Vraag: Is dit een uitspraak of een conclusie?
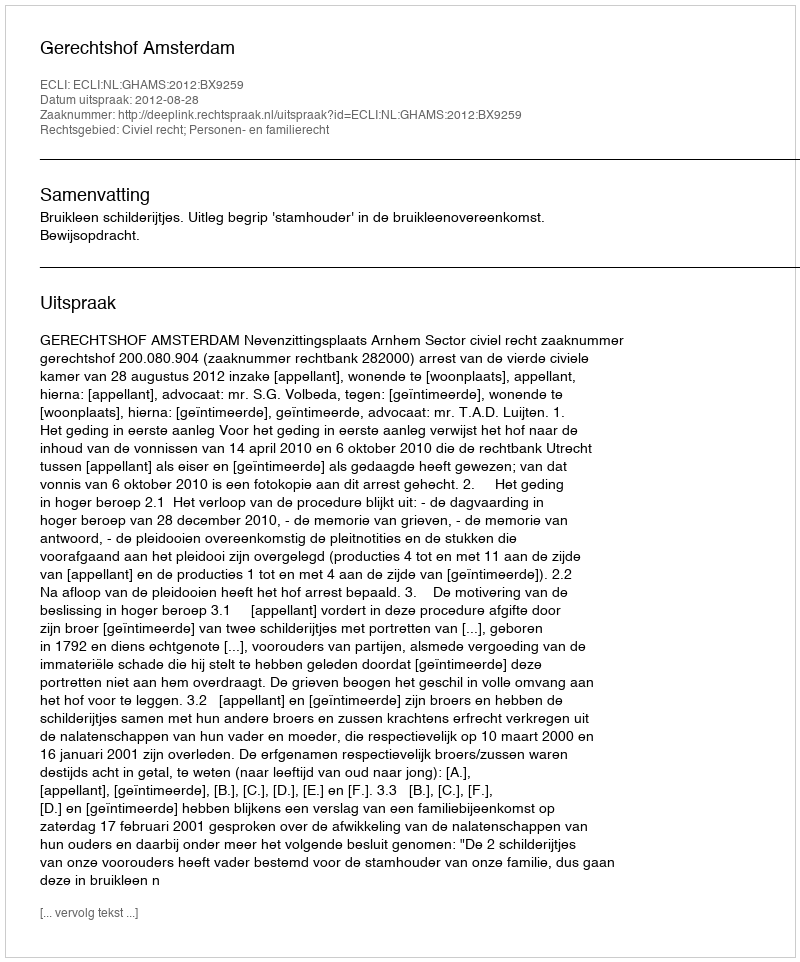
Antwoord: Uitspraak